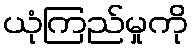
ယုံကြည်မှုကို